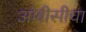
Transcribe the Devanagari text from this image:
ओबीसीचा